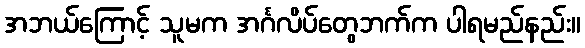
အဘယ်ကြောင့် သူမက အင်္ဂလိပ်တွေဘက်က ပါရမည်နည်း။